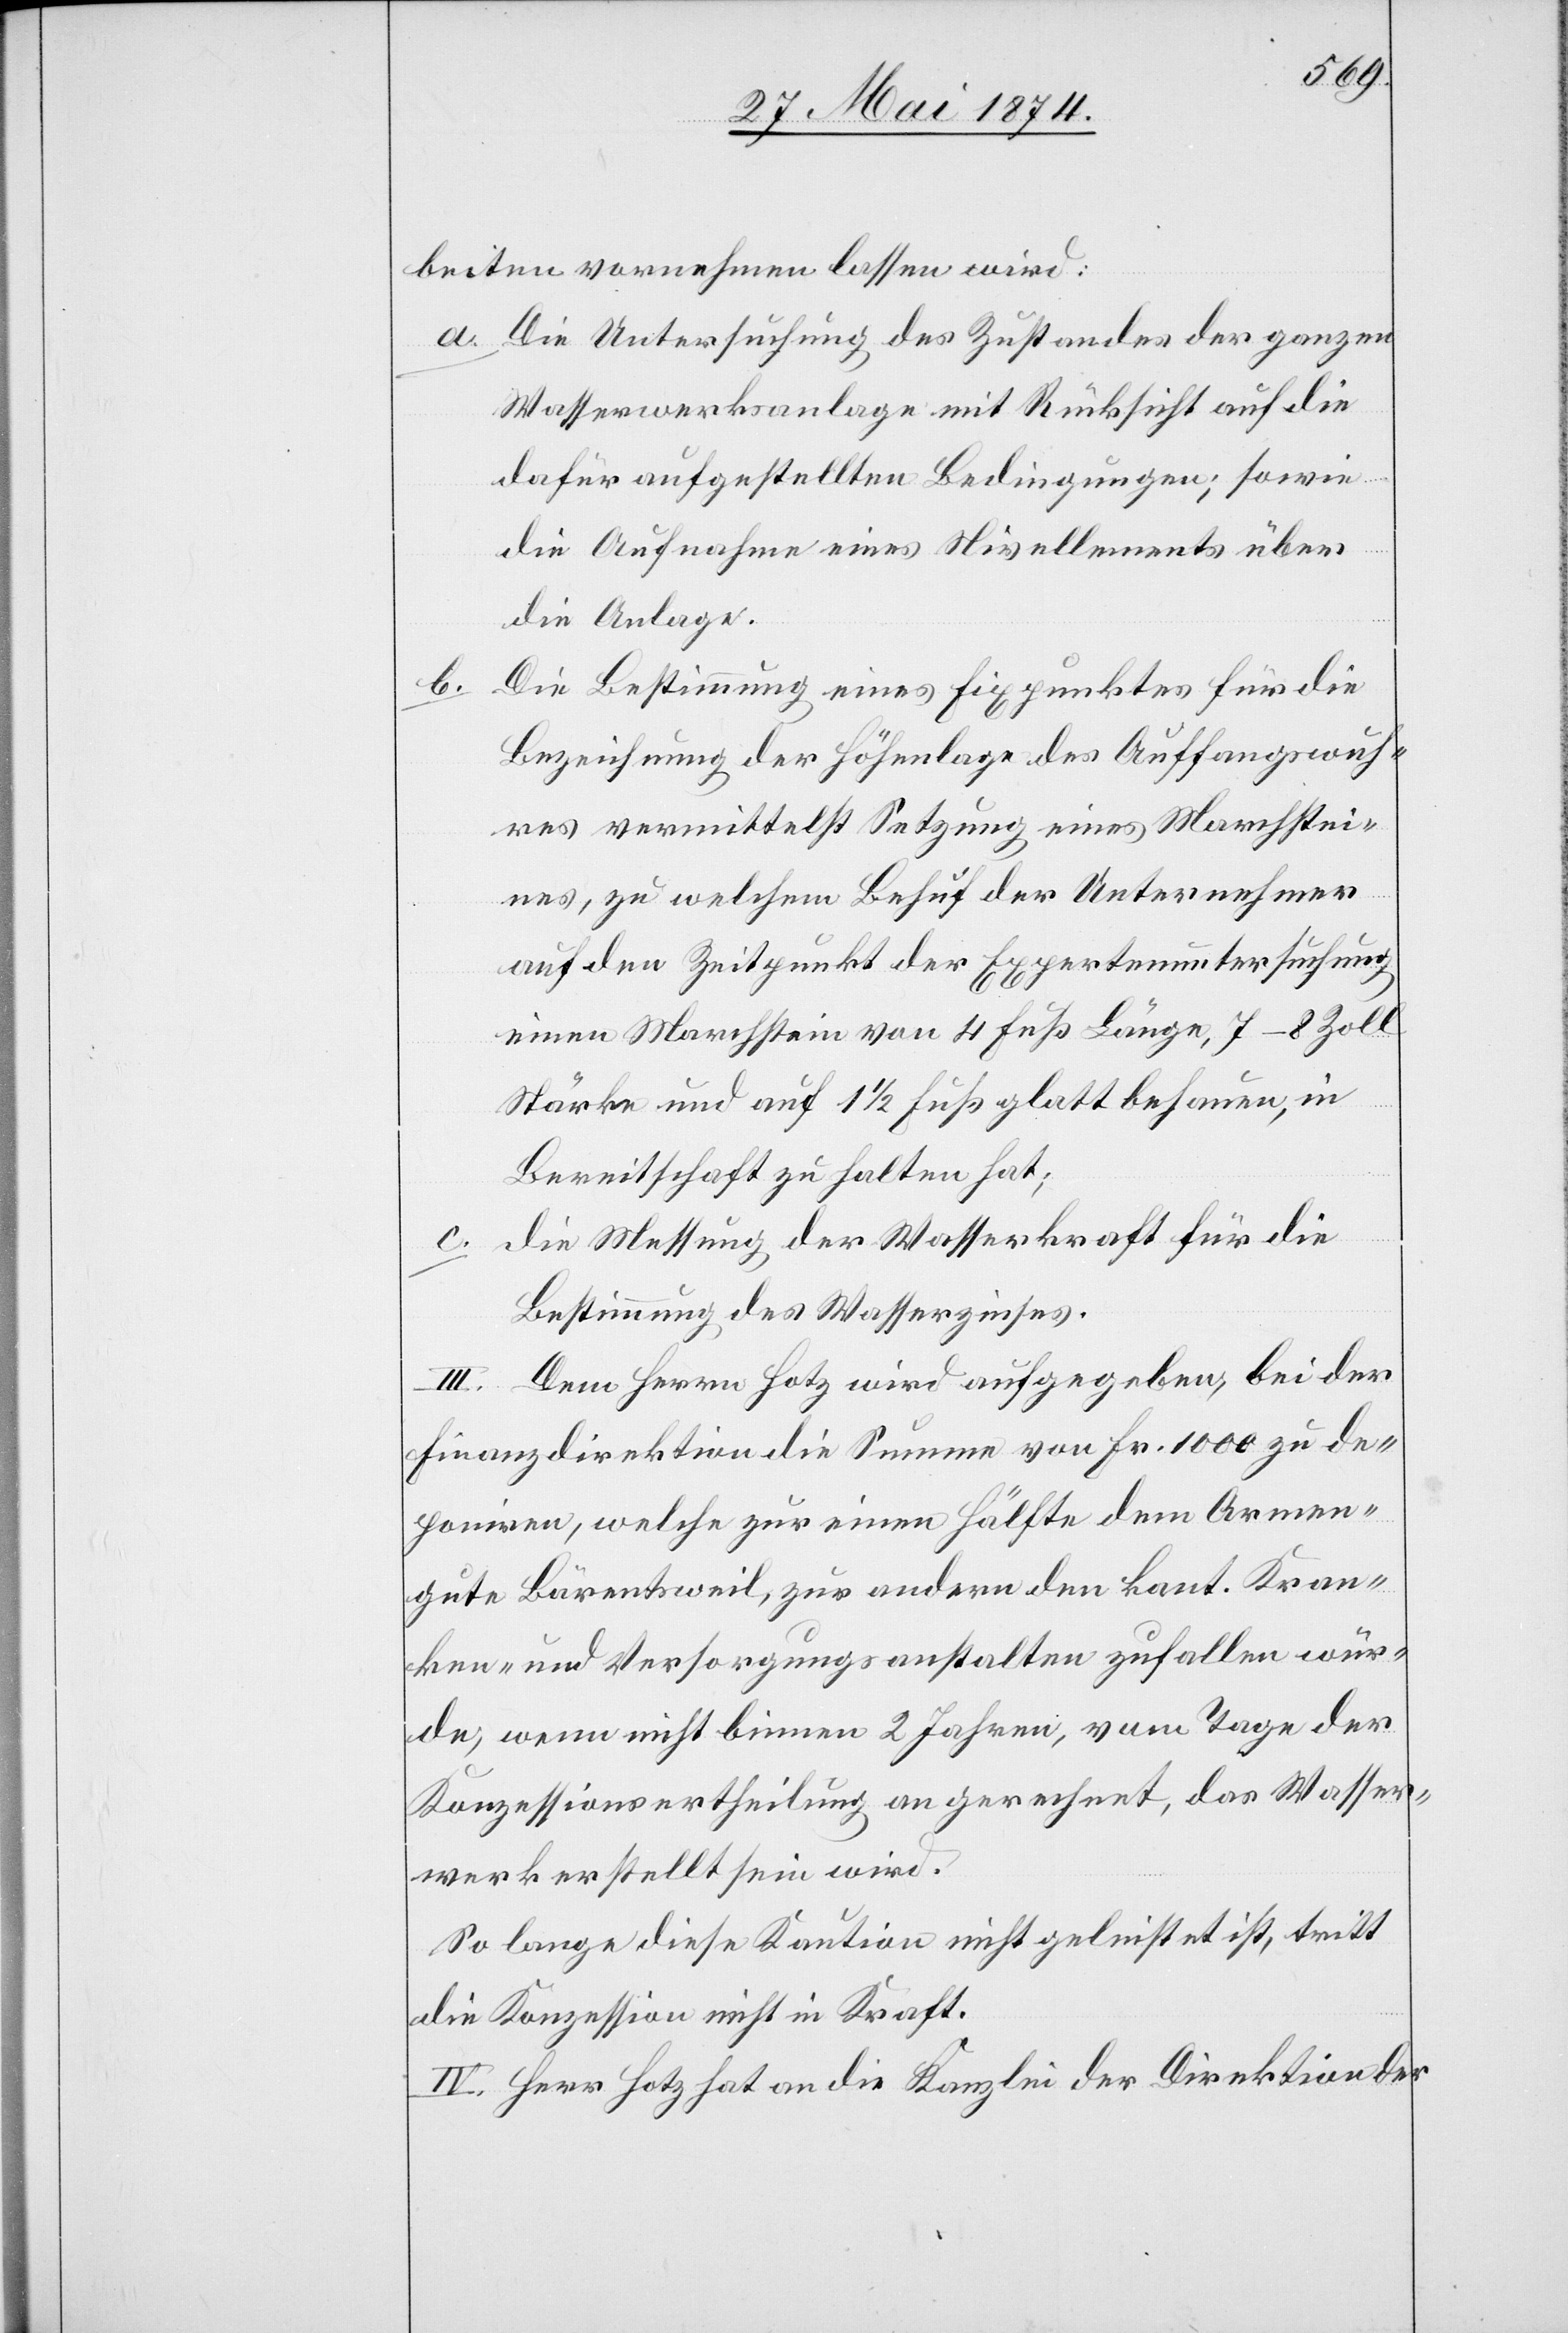
beiten vornehmen lassen wird:
a. Die Untersuchung des Zustandes der ganzen
Wasserwerksanlage mit Rücksicht auf die
dafür aufgestellten Bedingungen; sowie
die Aufnahme eines Nivellements über
die Anlage.
b.
Die Bestimmung eines Fixpunktes für die
Bezeichnung der Höhenlage des Auffangswuh¬
res vermittelst Setzung eines Marchstei¬
nes, zu welchem Behuf der Unternehmer
auf den Zeitpunkt der Expertenuntersuchung
einen Marchstein von 4 Fuß Länge, 7–8 Zoll
Stärke und auf 1 1/2 Fuß glatt behauen, in
Bereitschaft zu halten hat;
c. die Messung der Wasserkraft für die
Bestimmung des Wasserzinses.
III. Dem Herrn Hotz wird aufgegeben, bei der
Finanzdirektion die Summe von Fr. 1000 zu de¬
poniren, welche zur einen Hälfte dem Armen¬
gute Bärentsweil, zur andern den kant. Kran¬
ken- und Versorgungsanstalten zufallen wür¬
de, wenn nicht binnen 2 Jahren, vom Tage der
Konzessionsertheilung an gerechnet, das Wasser¬
werk erstellt sein wird.
So lange diese Kaution nicht geleistet ist, tritt
die Konzession nicht in Kraft.
IV. Herr Hotz hat an die Kanzlei der Direktion der